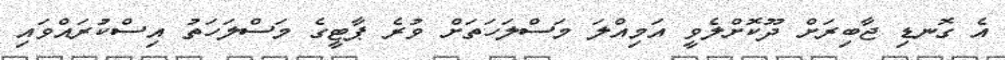
އެ ގޮނޑި ޖާބިރަށް ދޫކޮށްލެވީ އަމިއްލަ މަސްލަހަތަށް ވުރެ ޕާޓީގެ މަސްލަހަތު އިސްކުރައްވައި